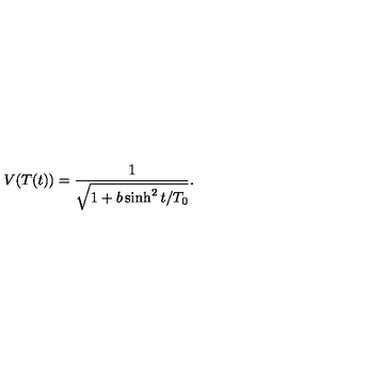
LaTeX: V ( T ( t ) ) = \frac { 1 } { \sqrt { 1 + b \sinh ^ { 2 } t / T _ { 0 } } } .